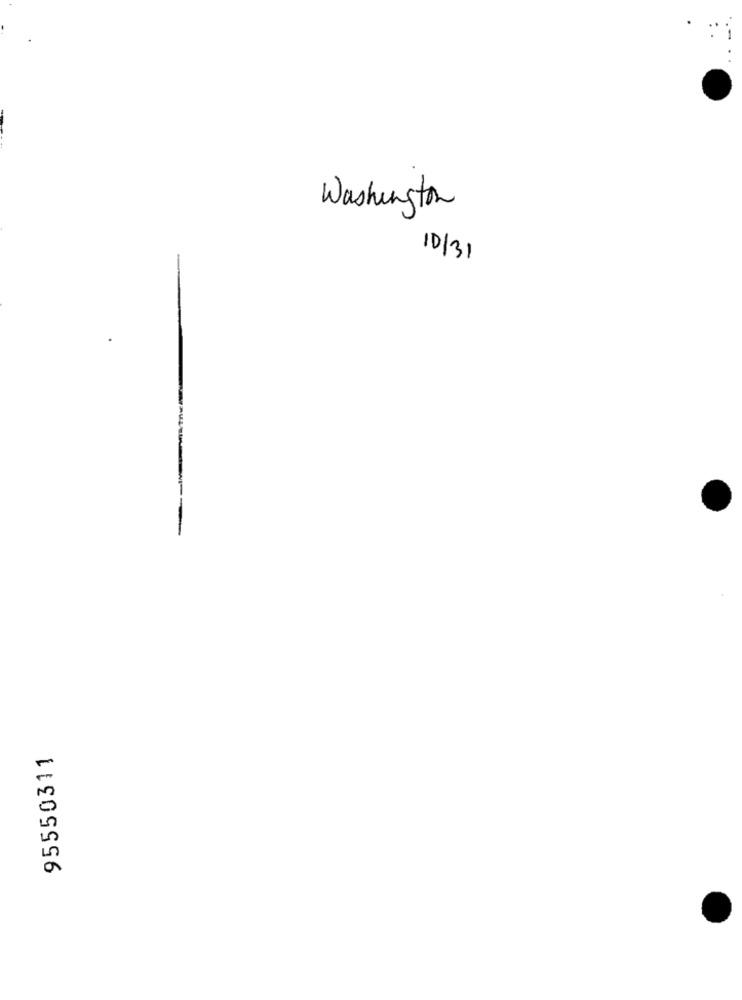
Washington
10/31
95550311